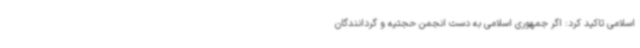
اسلامی تاکید کرد: اگر جمهوری اسلامی به دست انجمن حجتیه و گردانندگان